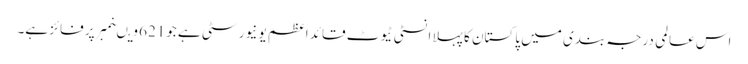
اس عالمی درجہ بندی میں پاکستان کا پہلا انسٹی ٹیوٹ قائد اعظم یو نیورسٹی ہے جو621 ویںنمبر پر فائز ہے۔